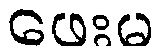
ဖေးမ